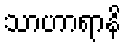
သာဟာရာနိ